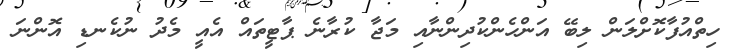
ހިތްއުފާކޮށްލަން ލިބޭ އަންހެންކުދިންނާއި މަޖާ ކުރާނެ ޕާޓީތައް އެއީ މެދު ނުކެނޑި އޮންނަ